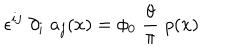
LaTeX: \epsilon ^ { i j } \; \partial _ { i } \; a _ { j } ( x ) = \phi _ { 0 } \; \frac { \theta } { \pi } \; \rho ( x )